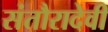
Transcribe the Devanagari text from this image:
संतौरादेवी